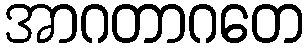
အာဂတာဂတေ